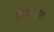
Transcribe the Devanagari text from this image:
इन्दरवाल